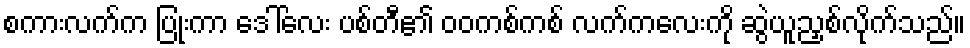
စကားလက်က ပြုံးကာ ဒေါ်လေး ပစ်တီ၏ ဝဝကစ်ကစ် လက်ကလေးကို ဆွဲယူညှစ်လိုက်သည်။